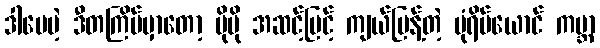
ဒါပေမဲ့ ဒီတကြိမ်မှာတော့ ပိုမို အဆင့်မြင့် ကျယ်ပြန့်တဲ့ ပုံရိပ်ယောင် ကမ္ဘာ